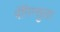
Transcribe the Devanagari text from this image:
पॅनिन्सुला